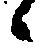
候